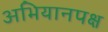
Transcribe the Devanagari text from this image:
अभियानपक्ष